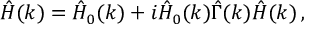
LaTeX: \hat { H } ( k ) = \hat { H } _ { 0 } ( k ) + i \hat { H } _ { 0 } ( k ) \hat { \Gamma } ( k ) \hat { H } ( k ) \, ,